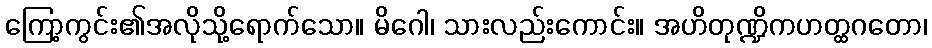
ကြော့ကွင်း၏အလိုသို့ရောက်သော။ မိဂေါ၊ သားလည်းကောင်း။ အဟိတုဏ္ဍိကဟတ္ထဂတော၊